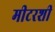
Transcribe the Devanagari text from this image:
मीटरशी